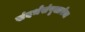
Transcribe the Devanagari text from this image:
संदर्भसंपृक्ततेचा